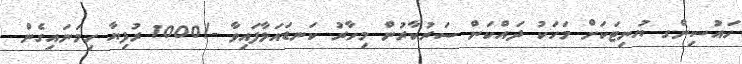
ހައުސިންގ ޔުނިޓަކަށް މަހަކު ދައްކަން ސަރުކާރުން މިހާރު ކަނޑައަޅާފައިވާ -/1000 ރުފިޔާ ހިމަނައިގެން